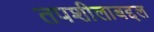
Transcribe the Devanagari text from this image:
तपशीलाबद्दल